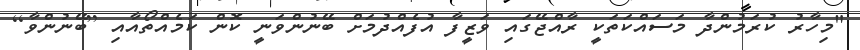
"މިހާރު ކުރަމުންދާ މަސައްކަތަކީ ރާއްޖޭގައި ވަޒީފާ އުފެއްދުމަށް ބޭނުންވަނީ ކޮން ކަމެއްތޯއާއި [ބޭނުންވާ]